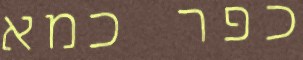
כפר כמא